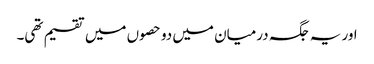
اور یہ جگہ درمیان میں دو حصوں میں تقسیم تھی۔